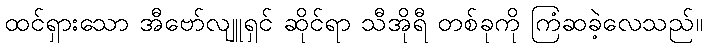
ထင်ရှားသော အီဗော်လျူရှင် ဆိုင်ရာ သီအိုရီ တစ်ခုကို ကြံဆခဲ့လေသည်။